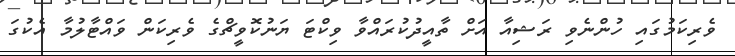
ވެރިކަމުގައި ހުންނެވި ރަޝިއާ އަށް ތާއީދުކުރައްވާ ވިކްޓަ ޔަނުކޮވީޗްގެ ވެރިކަން ވައްޓާލުމާ އެކުގަ